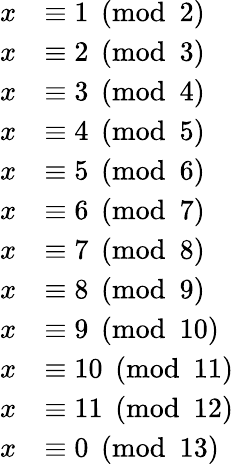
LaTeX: \begin{array}{rl}{x}&{\equiv 1\pmod 2}\\ {x}&{\equiv 2\pmod 3}\\ {x}&{\equiv 3\pmod 4}\\ {x}&{\equiv 4\pmod 5}\\ {x}&{\equiv 5\pmod 6}\\ {x}&{\equiv 6\pmod 7}\\ {x}&{\equiv 7\pmod 8}\\ {x}&{\equiv 8\pmod 9}\\ {x}&{\equiv 9\pmod{10}}\\ {x}&{\equiv 10\pmod{11}}\\ {x}&{\equiv 11\pmod{12}}\\ {x}&{\equiv 0\pmod{13}}\end{array}